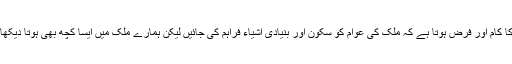
ہر حکومت کا کام اور فرض ہوتا ہے کہ ملک کی عوام کو سکون اور بنیادی اشیاء فراہم کی جائیں لیکن ہمارے ملک میں ایسا کچھ بھی ہوتا دیکھائی نہیں دیتا۔